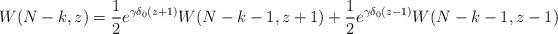
LaTeX: \begin{align*} W(N-k,z)=\frac{1}{2}e^{\gamma \delta_0(z+1)}W(N-k-1,z+1)+\frac{1}{2}e^{\gamma \delta_0(z-1)}W(N-k-1,z-1)\end{align*}